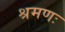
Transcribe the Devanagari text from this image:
श्रमणः